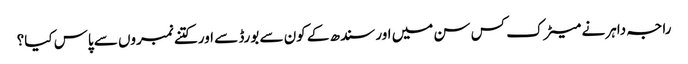
راجہ داہر نے میٹرک کس سن میں اور سندھ کے کون سے بورڈ سے اور کتنے نمبروں سے پاس کیا؟